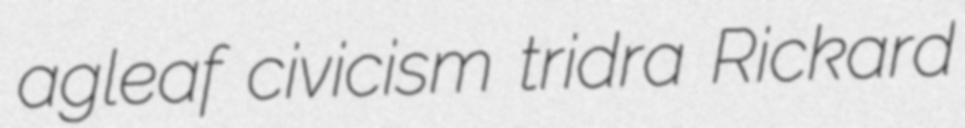
agleaf civicism tridra Rickard